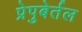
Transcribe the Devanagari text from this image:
प्रेपुबेर्तल